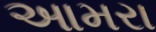
આમરા